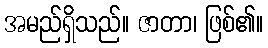
အမည်ရှိသည်။ ဇာတာ၊ ဖြစ်၏။